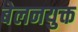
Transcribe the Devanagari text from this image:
बेलनयुक्त